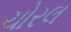
ચોરલ